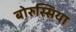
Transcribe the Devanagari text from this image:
बोरुस्सिया